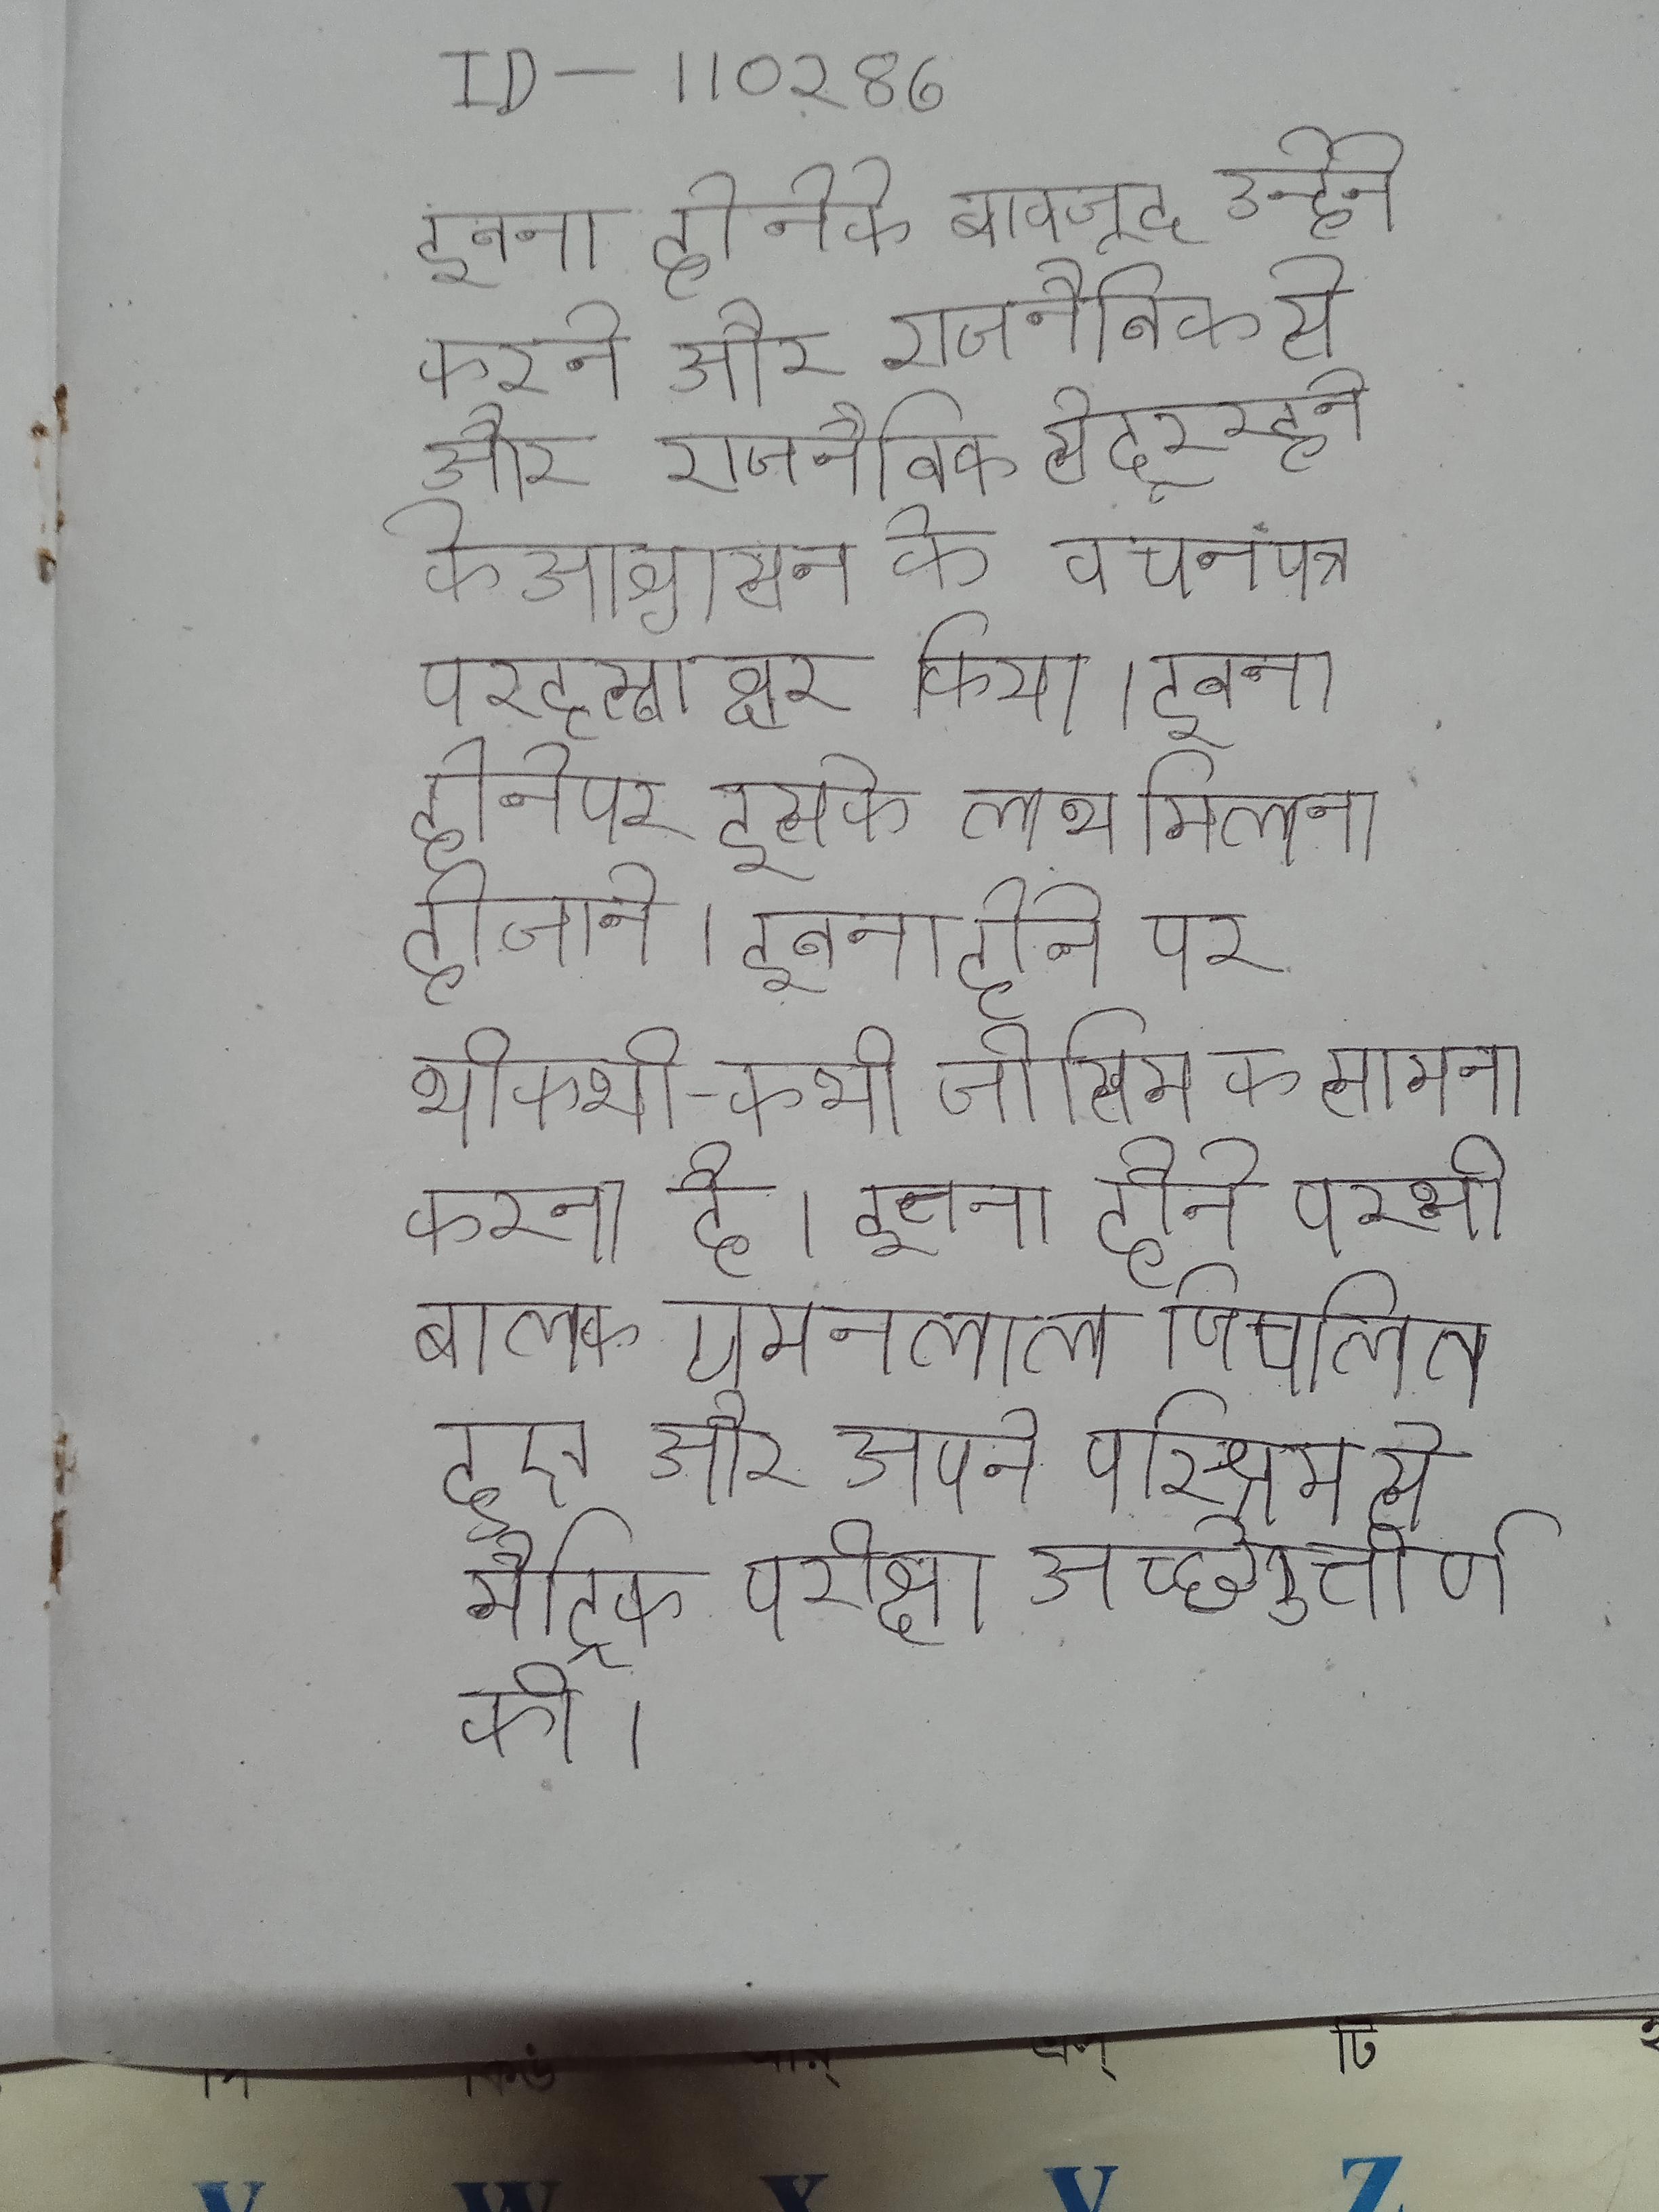
इतना होने के बावजूद उन्होने करने और राजनैतिक से दूर रहने के आश्वासन के बचनपत्र पर हस्ताक्षर किया । इतना होने पर इसके लाभ मिलना हो जाते । इतना होने पर भी कभी-कभी जोखिम का सामना करना है । इतना होने पर भी बालक चमनलाल विचलित हुए और अपने परिश्रम से मैट्रिक परीक्षा अच्छे उत्तीर्ण की ।